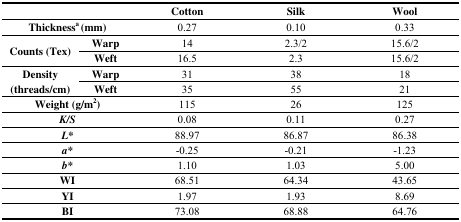
| <COLSPAN=2>  | Cotton | Silk | Wool |
 | --- | --- | --- | --- | --- |
 | <COLSPAN=2> Thicknessa (mm) | 0.27 | 0.10 | 0.33 |
 | <ROWSPAN=2> Counts (Tex) | Warp | 14 | 2.3/2 | 15.6/2 |
 | Weft | 16.5 | 2.3 | 15.6/2 |
 | <ROWSPAN=2> Density (threads/cm) | Warp | 31 | 38 | 18 |
 | Weft | 35 | 55 | 21 |
 | <COLSPAN=2> Weight (g/m2) | 115 | 26 | 125 |
 | <COLSPAN=2> K/S | 0.08 | 0.11 | 0.27 |
 | <COLSPAN=2> L* | 88.97 | 86.87 | 86.38 |
 | <COLSPAN=2> a* | -0.25 | -0.21 | -1.23 |
 | <COLSPAN=2> b* | 1.10 | 1.03 | 5.00 |
 | <COLSPAN=2> WI | 68.51 | 64.34 | 43.65 |
 | <COLSPAN=2> YI | 1.97 | 1.93 | 8.69 |
 | <COLSPAN=2> BI | 73.08 | 68.88 | 64.76 |